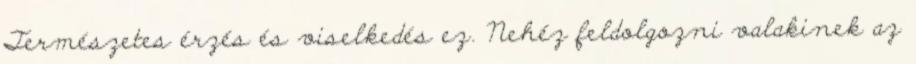
Természetes érzés és viselkedés ez. Nehéz feldolgozni valakinek az